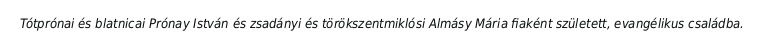
Tótprónai és blatnicai Prónay István és zsadányi és törökszentmiklósi Almásy Mária fiaként született, evangélikus családba.